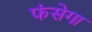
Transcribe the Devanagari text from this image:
फंसेगा